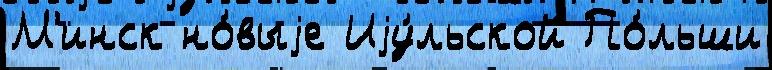
М'инск но́выjе Иjу́льской По́льши